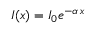
I ( x ) = I _ { 0 } e ^ { - \alpha \, x }